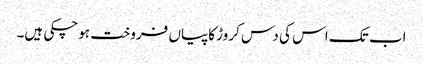
اب تک اس کی دس کروڑ کاپیاں فروخت ہوچکی ہیں۔